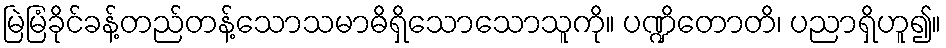
မြဲမြံခိုင်ခန့်တည်တန့်သောသမာဓိရှိသောသောသူကို။ ပဏ္ဍိတောတိ၊ ပညာရှိဟူ၍။